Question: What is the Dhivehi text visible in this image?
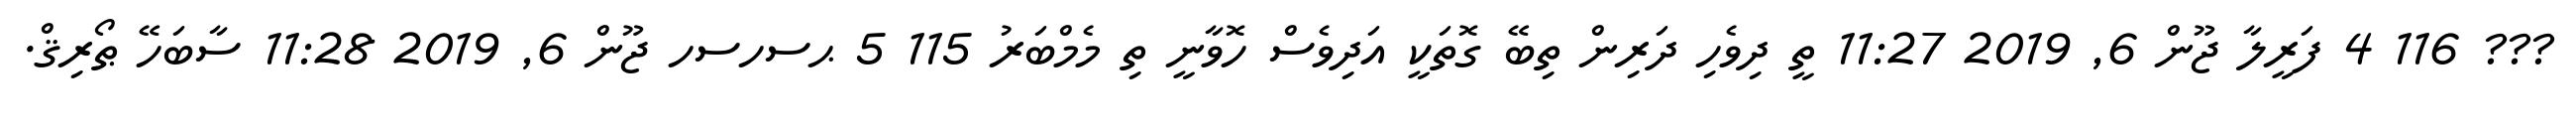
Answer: ??? 116 4 ފަރީލާ ޖޫން 6, 2019 11:27 ތީ ދިވެހި ދަރިން ތިބޭ ގޮތަކީ އަދިވެސް ހޮވާނީ ތި މެމްބަރު 115 5 ޙސހސހ ޖޫން 6, 2019 11:28 ސާބަހޭ ޠޯރިޤް.